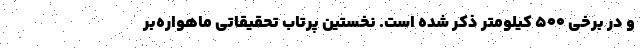
و در برخی ۵۰۰ کیلومتر ذکر شده است. نخستین پرتاب تحقیقاتی ماهواره‌بر